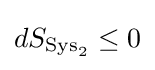
dS_{{\text{Sys}}_{2}}\leq 0